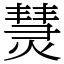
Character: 熭